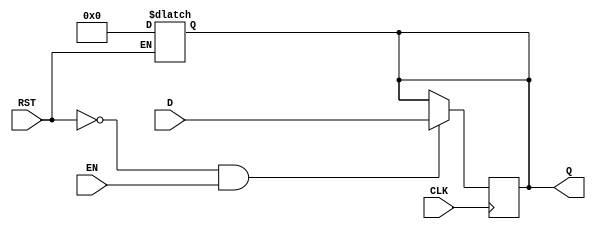
module output_register #(
    parameter WIDTH = 8  // Define the width of the register
)(
    input  wire [WIDTH-1:0] D,       // Data Input
    input  wire CLK,                   // Clock signal
    input  wire RST,                   // Reset signal
    input  wire EN,                    // Enable signal
    output reg [WIDTH-1:0] Q           // Data Output
);

    // Asynchronous Reset
    always @(*) begin
        if (RST) begin
            Q <= {WIDTH{1'b0}};  // Reset Q to 0
        end
    end

    // Clock-Driven Behavior
    always @(posedge CLK) begin
        if (!RST && EN) begin
            Q <= D;  // Capture data on the rising edge of the clock
        end
        // If EN is not asserted, Q retains its previous value
    end

endmodule